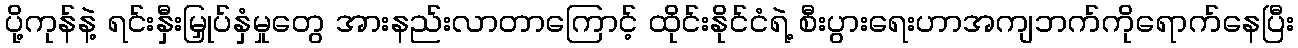
ပို့ကုန်နဲ့ ရင်းနှီးမြှုပ်နှံမှုတွေ အားနည်းလာတာကြောင့် ထိုင်းနိုင်ငံရဲ့ စီးပွားရေးဟာအကျဘက်ကိုရောက်နေပြီး